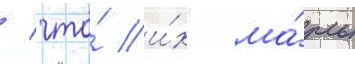
/ что́ и́х ма́ть